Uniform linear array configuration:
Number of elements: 16
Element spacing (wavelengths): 0.25
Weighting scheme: cosine
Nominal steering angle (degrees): -15
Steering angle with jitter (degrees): -13.53
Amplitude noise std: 0.05
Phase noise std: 0.05

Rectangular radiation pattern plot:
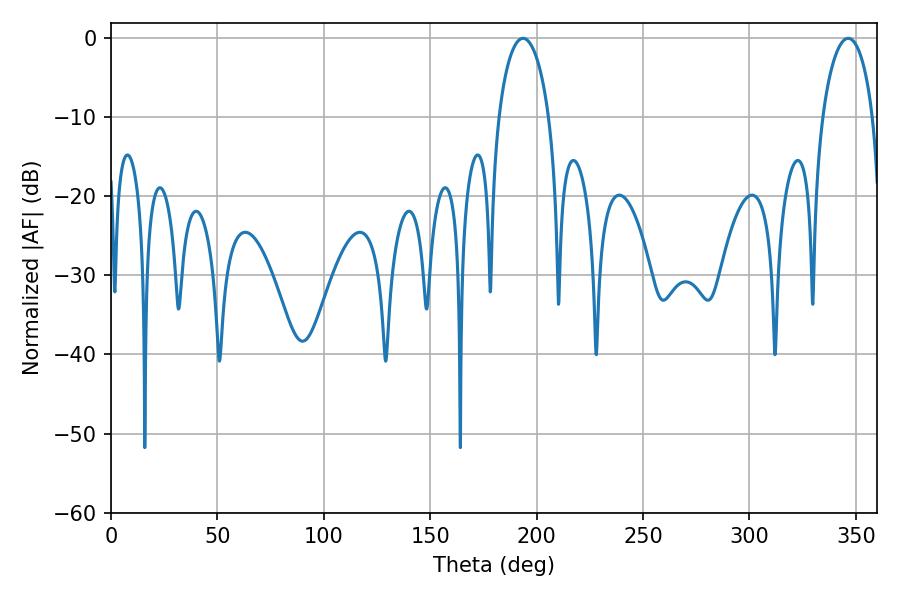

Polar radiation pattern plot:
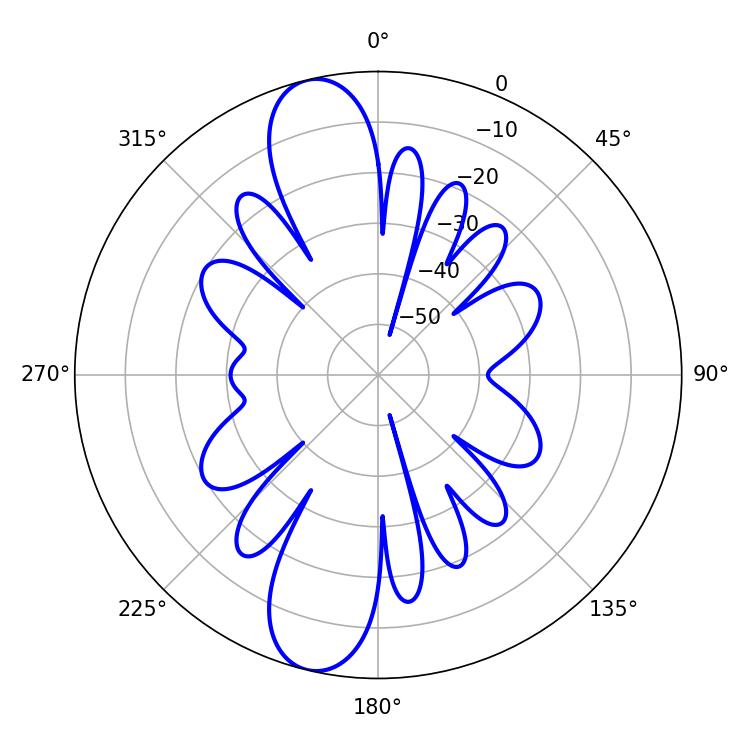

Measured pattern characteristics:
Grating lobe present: FALSE
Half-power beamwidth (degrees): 13.5
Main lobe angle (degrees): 193.68